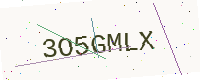
Text: 3O5GMLX